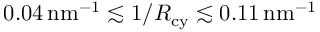
0 . 0 4 { \mathrm { \, n m } } ^ { - 1 } \lesssim 1 / R _ { \mathrm { c y } } \lesssim 0 . 1 1 { \mathrm { \, n m } } ^ { - 1 }